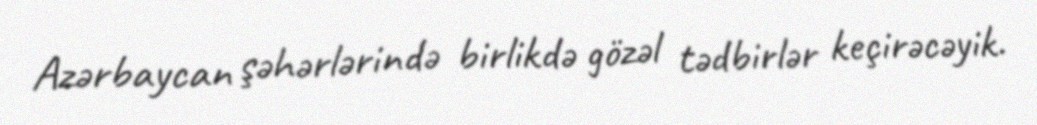
Azərbaycan şəhərlərində birlikdə gözəl tədbirlər keçirəcəyik.